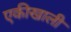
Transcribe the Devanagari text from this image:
एकीखाली